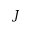
J